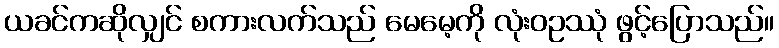
ယခင်ကဆိုလျှင် စကားလက်သည် မေမေ့ကို လုံးဝဥဿုံ ဖွင့်ပြောသည်။